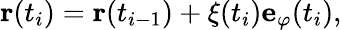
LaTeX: \mathbf{r}(t_{i})=\mathbf{r}(t_{i-1})+\xi(t_{i})\mathbf{e}_{\varphi}(t_{i}),